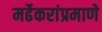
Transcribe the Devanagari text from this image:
मर्ढेकरांप्रमाणे